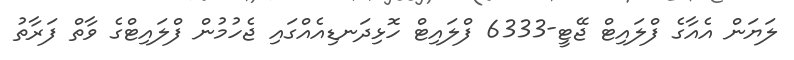
ލަޔަން އެއާގެ ފްލައިޓް ޖޭޓީ-6333 ފްލައިޓް ހޮޅިދަނޑިއެއްގައި ޖެހުމުން ފްލައިޓްގެ ވާތް ފަރާތު